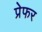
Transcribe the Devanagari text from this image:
प्रेफर